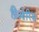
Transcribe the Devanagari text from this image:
प्रिओरिस